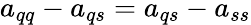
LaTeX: a_{qq}-a_{qs}=a_{qs}-a_{ss}